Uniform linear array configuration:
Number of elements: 8
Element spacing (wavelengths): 0.25
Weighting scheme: hamming
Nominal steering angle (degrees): -30
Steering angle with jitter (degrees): -28.511
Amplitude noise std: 0.05
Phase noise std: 0.05

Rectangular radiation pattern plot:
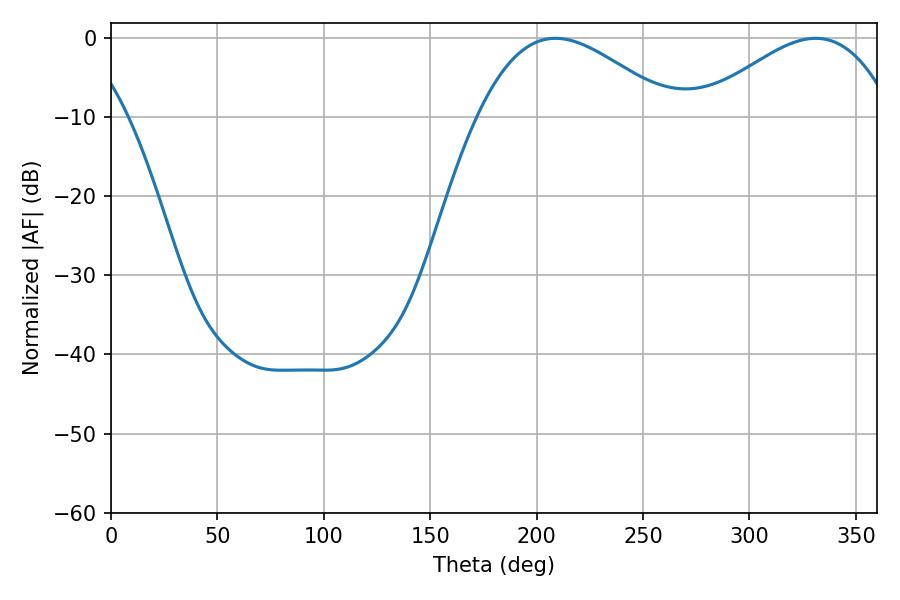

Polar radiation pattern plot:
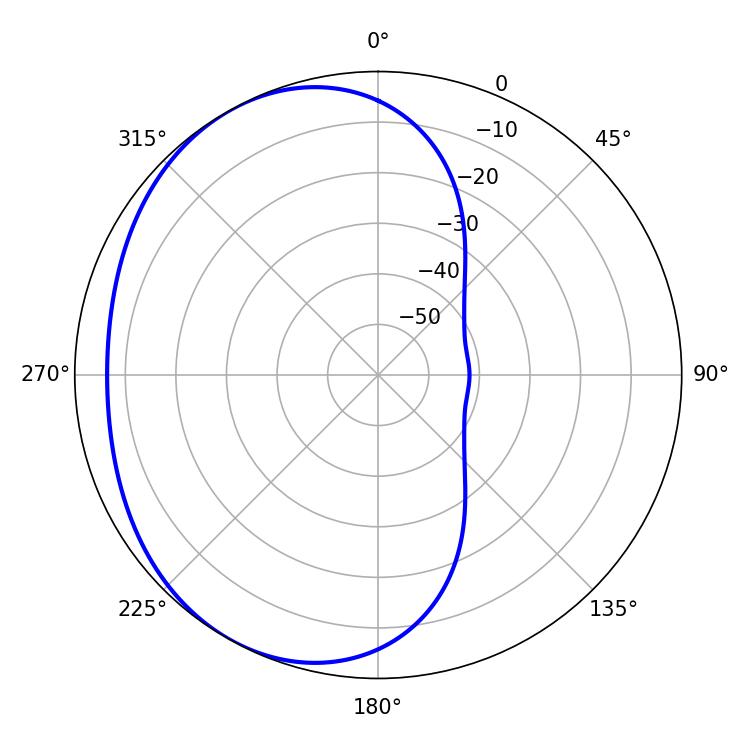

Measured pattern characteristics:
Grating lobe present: FALSE
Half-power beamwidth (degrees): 49.32
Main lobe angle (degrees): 208.8